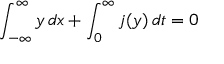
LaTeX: \int _ { - \infty } ^ { \infty } y \, d x + \int _ { 0 } ^ { \infty } j ( y ) \, d t = 0